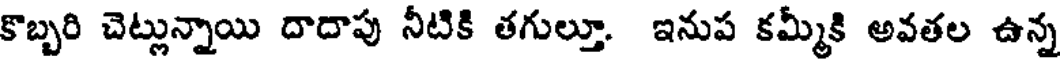
కొబ్బరి చెట్లున్నాయి దాదాపు నీటికి తగుల్తూ. ఇనుప కమ్మీకి అవతల ఉన్న